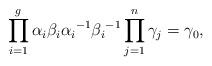
LaTeX: \begin{align*}\prod_{i=1}^g \alpha_i \beta_i {\alpha_i}^{-1} {\beta_i}^{-1} \prod_{j=1}^n \gamma_j = \gamma_0,\end{align*}